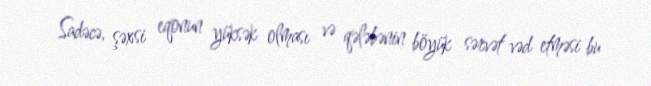
Sadəcə, şəxsi eqonun yüksək olması və qələbənin böyük sərvət vəd etməsi bu